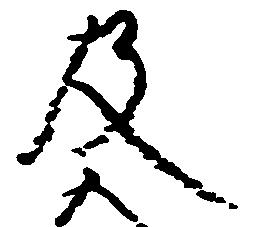
及